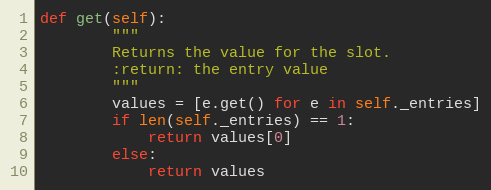
Language: Python
def get(self):
        """
        Returns the value for the slot.
        :return: the entry value
        """
        values = [e.get() for e in self._entries]
        if len(self._entries) == 1:
            return values[0]
        else:
            return values